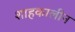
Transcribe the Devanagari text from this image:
शाहकालीन